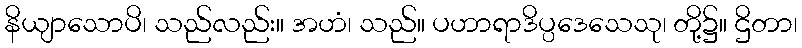
နိယျာသောပိ၊ သည်လည်း။ အဟံ၊ သည်။ ပဟာရာဒိပ္ပဒေသေသု၊ တို့၌။ ဌိတာ၊